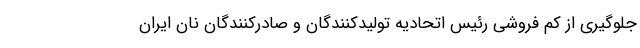
جلوگیری از کم فروشی رئیس اتحادیه تولیدکنندگان و صادرکنندگان نان ایران